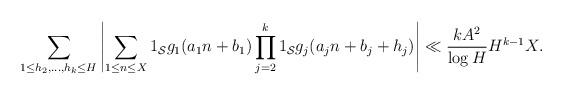
LaTeX: \begin{align*} \sum_{1 \leq h_2,\dots,h_k \leq H} \left|\sum_{1 \leq n \leq X} 1_{\mathcal S} g_1(a_1 n + b_1) \prod_{j=2}^k 1_{\mathcal S} g_j(a_j n + b_j + h_j)\right| \ll \frac{kA^2}{\log H} H^{k-1} X.\end{align*}